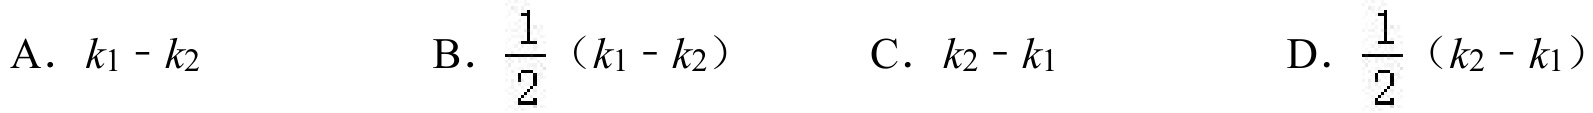
A. \(k_{1}-k_{2}\)  B. \(\frac{1}{2}(k_{1}-k_{2})\)  C. \(k_{2}-k_{1}\)  D. \(\frac{1}{2}(k_{2}-k_{1})\)